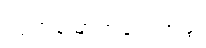
လွတ်မြောက်ရေးအဖွဲ့